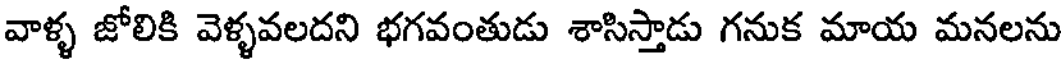
వాళ్ళ జోలికి వెళ్ళవలదని భగవంతుడు శాసిస్తాడు గనుక మాయ మనలను